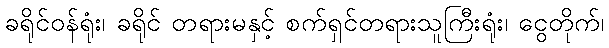
ခရိုင်ဝန်ရုံး၊ ခရိုင် တရားမနှင့် စက်ရှင်တရားသူကြီးရုံး၊ ငွေတိုက်၊